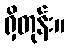
ရှိတုန်း။